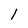
Character: 1